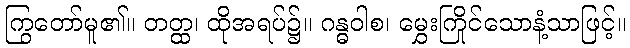
ကြွတော်မူ၏။ တတ္ထ၊ ထိုအရပ်၌။ ဂန္ဓဝါစ၊ မွှေးကြိုင်သောနံ့သာဖြင့်။